Vabadussoja_Ajaloo_Komitee, lk 60
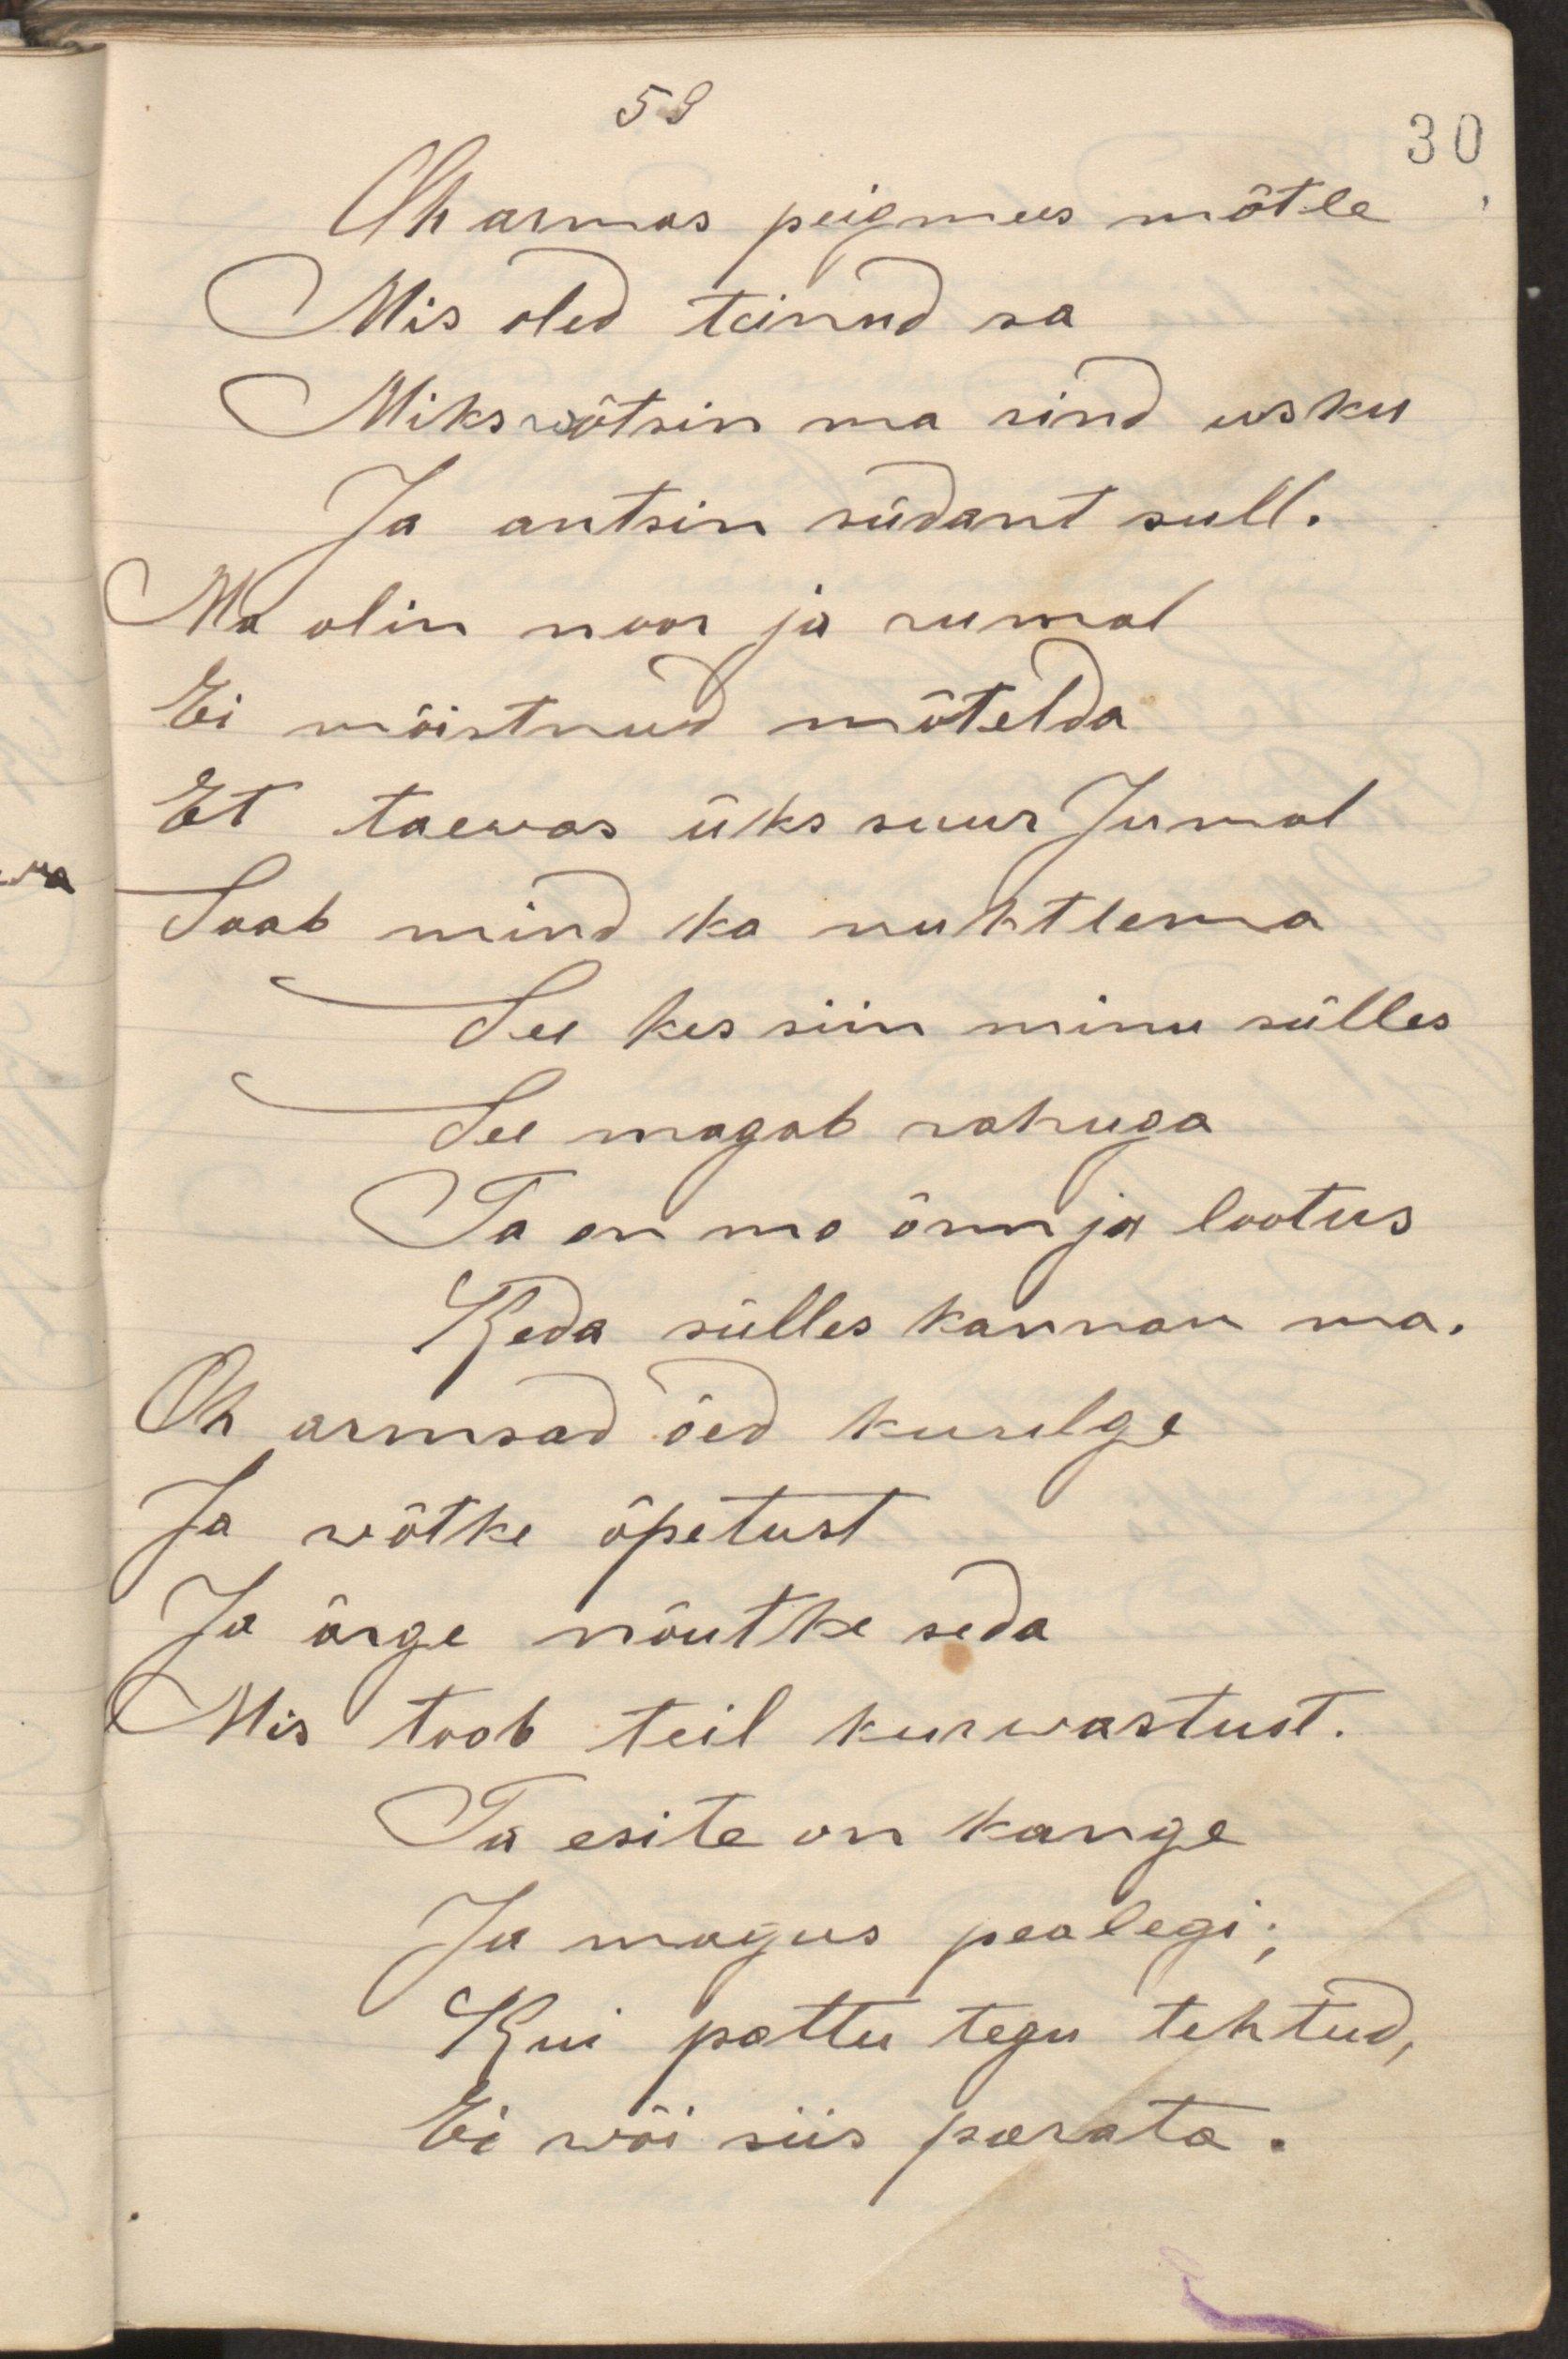
Oh armas peigmees mõtle
Mis oled teinud sa
Miks wõtsin ma sind usku
Ja antsin südant sull.
Ma olin noor ja rumal
Ei mõistnud mõtelda
Et taewas üksi suur Jumal
Saab mind ka nuhtlema
See kes siin minu sülles
See magab rahuga
Ta on mu õnn ja lootus
Keda sülles kannan ma.
Oh armsad õed kuulge
Ja wõtke õpetust
Ja ärge nõutke seda
Mis taob teil kurwastust.
Ta esite on kange
Ja magus pealegi;
Kui pattu tegu tehtud,
Ei wõi siis parata.